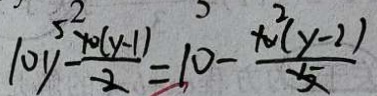
1 0 y - \frac { 1 0 ( y - 1 ) } { 2 } = 1 0 - \frac { 1 0 ^ { 2 } ( y - 2 ) } { 5 }